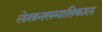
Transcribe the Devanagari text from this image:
लेखनसमाप्तिकाल